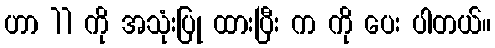
ဟာ 11 ကို အသုံးပြု ထားပြီး က ကို ပေး ပါတယ်။